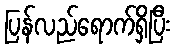
ပြန်လည်ရောက်ရှိပြီး